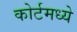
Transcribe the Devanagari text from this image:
कोर्टमध्ये